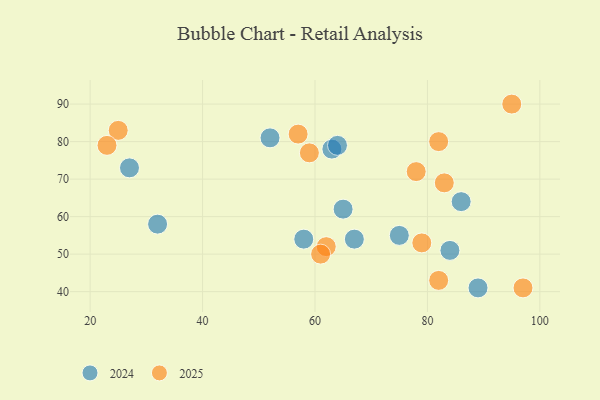
{"axis": {"x": "GDP", "y": "Life Expectancy"}, "legend": ["2024", "2025"], "data": [{"x": "25", "y": 83, "type": "2025"}, {"x": "78", "y": 72, "type": "2025"}, {"x": "59", "y": 77, "type": "2025"}, {"x": "57", "y": 82, "type": "2025"}, {"x": "83", "y": 69, "type": "2025"}, {"x": "23", "y": 79, "type": "2025"}, {"x": "95", "y": 90, "type": "2025"}, {"x": "62", "y": 52, "type": "2025"}, {"x": "79", "y": 53, "type": "2025"}, {"x": "97", "y": 41, "type": "2025"}, {"x": "82", "y": 43, "type": "2025"}, {"x": "61", "y": 50, "type": "2025"}, {"x": "82", "y": 80, "type": "2025"}, {"x": "75", "y": 55, "type": "2024"}, {"x": "63", "y": 78, "type": "2024"}, {"x": "52", "y": 81, "type": "2024"}, {"x": "65", "y": 62, "type": "2024"}, {"x": "64", "y": 79, "type": "2024"}, {"x": "89", "y": 41, "type": "2024"}, {"x": "58", "y": 54, "type": "2024"}, {"x": "27", "y": 73, "type": "2024"}, {"x": "67", "y": 54, "type": "2024"}, {"x": "84", "y": 51, "type": "2024"}, {"x": "86", "y": 64, "type": "2024"}, {"x": "32", "y": 58, "type": "2024"}]}